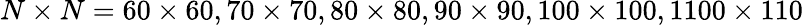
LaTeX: N\times N=60\times 60,70\times 70,80\times 80,90\times 90,100\times 100,1100\times 110